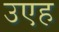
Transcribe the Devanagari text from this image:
उएह